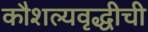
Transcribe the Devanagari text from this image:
कौशल्यवृद्धीची